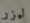
ليزر